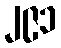
၂၉၁